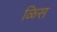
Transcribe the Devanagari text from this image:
ळिस